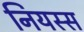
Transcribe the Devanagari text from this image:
नियस्स